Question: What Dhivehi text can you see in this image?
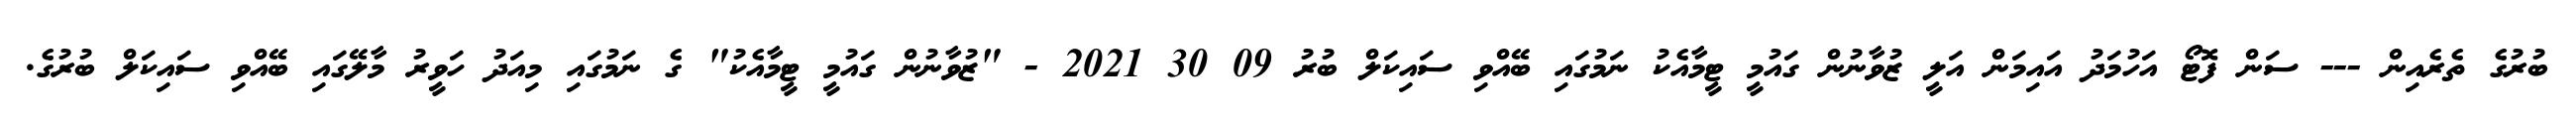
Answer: ބުރުގެ ތެރެއިން --- ސަން ފޮޓޯ އަހުމަދު އައިމަން އަލީ ޒުވާނުން ގައުމީ ޓީމާއެކު ނަމުގައި ބޭއްވި ސައިކަލް ބުރު 09 30 2021 - "ޒުވާނުން ގައުމީ ޓީމާއެކު" ގެ ނަމުގައި މިއަދު ހަވީރު މާލޭގައި ބޭއްވި ސައިކަލް ބުރުގެ.